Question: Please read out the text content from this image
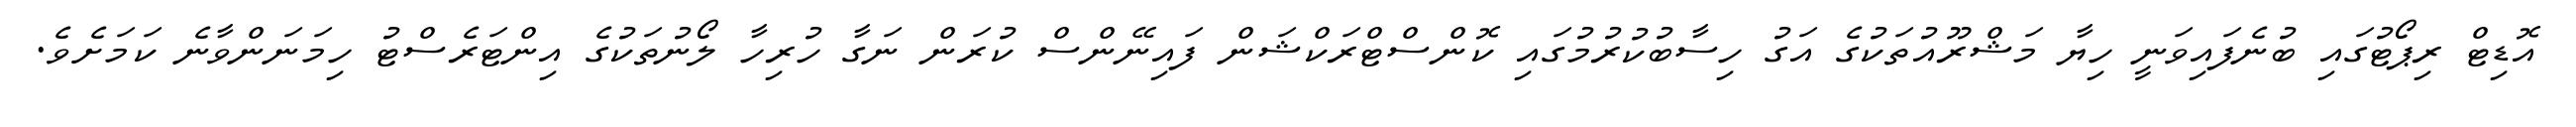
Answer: އޮޑިޓް ރިޕޯޓުގައި ބުނެފައިވަނީ ހިޔާ މަޝްރޫއުތަކުގެ އަގު ހިސާބުކުރުމުގައި ކޮންސްޓްރަކްޝަން ފައިނޭންސް ކުރަން ނަގާ ހުރިހާ ލޯނުތަކުގެ އިންޓަރެސްޓު ހިމަނަންވާނެ ކަމަށެވެ.